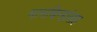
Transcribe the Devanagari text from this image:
मानचिन्हांसह